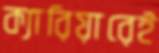
ক্যারিয়ারেই